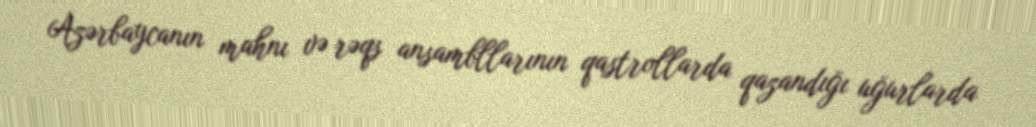
Azərbaycanın mahnı və rəqs ansambllarının qastrollarda qazandığı uğurlarda